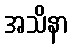
အသိနာ